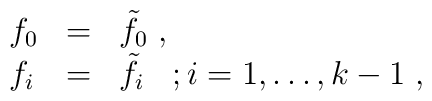
\begin{array}{lll}f_{0}&=&\tilde{f}_{0}\;,\\ f_{i}&=&\tilde{f}_{i}\;\;\;;i=1,\ldots,k-1\;,\end{array}